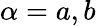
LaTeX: \alpha=a,b